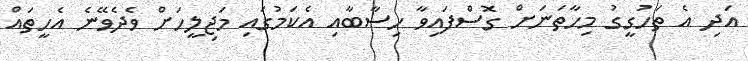
އަދި އެ ތަހުގީގު މިހާތަނަށް ގޮސްފައިވާ ހިސާބާއި އެކަމުގައި މަޖިލީހަށް ވެދެވޭނެ އެހީތައް